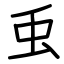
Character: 䖝